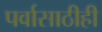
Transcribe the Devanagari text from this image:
पर्वासाठीही